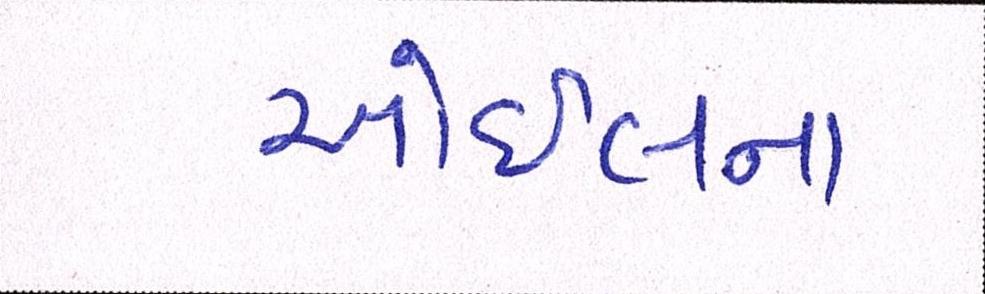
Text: ઓઇલના